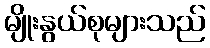
မျိုးနွယ်စုများသည်